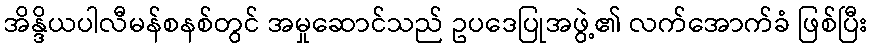
အိန္ဒိယပါလီမန်စနစ်တွင် အမှုဆောင်သည် ဥပဒေပြုအဖွဲ့၏ လက်အောက်ခံ ဖြစ်ပြီး